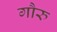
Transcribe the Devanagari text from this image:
गौरु